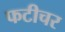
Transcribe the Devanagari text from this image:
फटीचर